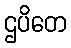
ဌပိတေ